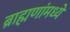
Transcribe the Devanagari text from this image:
ब्राह्मणांमध्यें